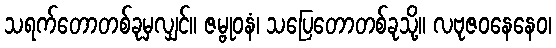
သရက်တောတစ်ခုမှလျှင်။ ဇမ္ဗုဝနံ၊ သပြေတောတစ်ခုသို့။ လဗုဇဝနေနေဝ၊